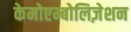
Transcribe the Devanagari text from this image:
केमोएम्बोलिज़ेशन